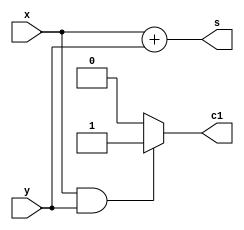
//half adder using always statement

module al_halfadd(c1,s,x,y);
input x,y;
output c1,s;
reg c1,s;

always@(x,y) begin


	s<=x+y;

	if(x&y) begin

	c1<=1;

	end

	else begin

	c1<=0;

	end

end


endmodule